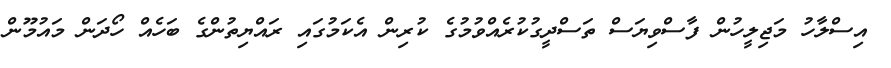
އިސްލާހު މަޖިލީހުން ފާސްވިޔަސް ތަސްދީގުކުރެއްވުމުގެ ކުރިން އެކަމުގައި ރައްޔިތުންގެ ބަހެއް ހޯދަން މައުމޫން